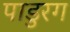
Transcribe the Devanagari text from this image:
पाडुरग